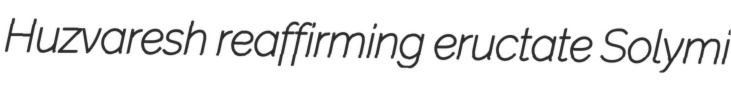
Huzvaresh reaffirming eructate Solymi